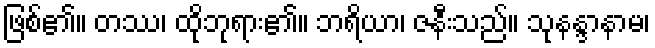
ဖြစ်၏။ တဿ၊ ထိုဘုရား၏။ ဘရိယာ၊ ဇနီးသည်။ သုနန္ဒာနာမ၊